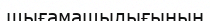
шығамашылығының